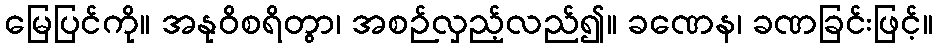
မြေပြင်ကို။ အနုဝိစရိတွာ၊ အစဉ်လှည့်လည်၍။ ခဏေန၊ ခဏခြင်းဖြင့်။